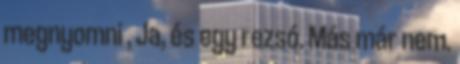
megnyomni , Ja, és egy rezsó. Más már nem.